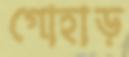
গোহাড়